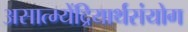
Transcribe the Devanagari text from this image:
असात्म्येंद्रियार्थसंयोग